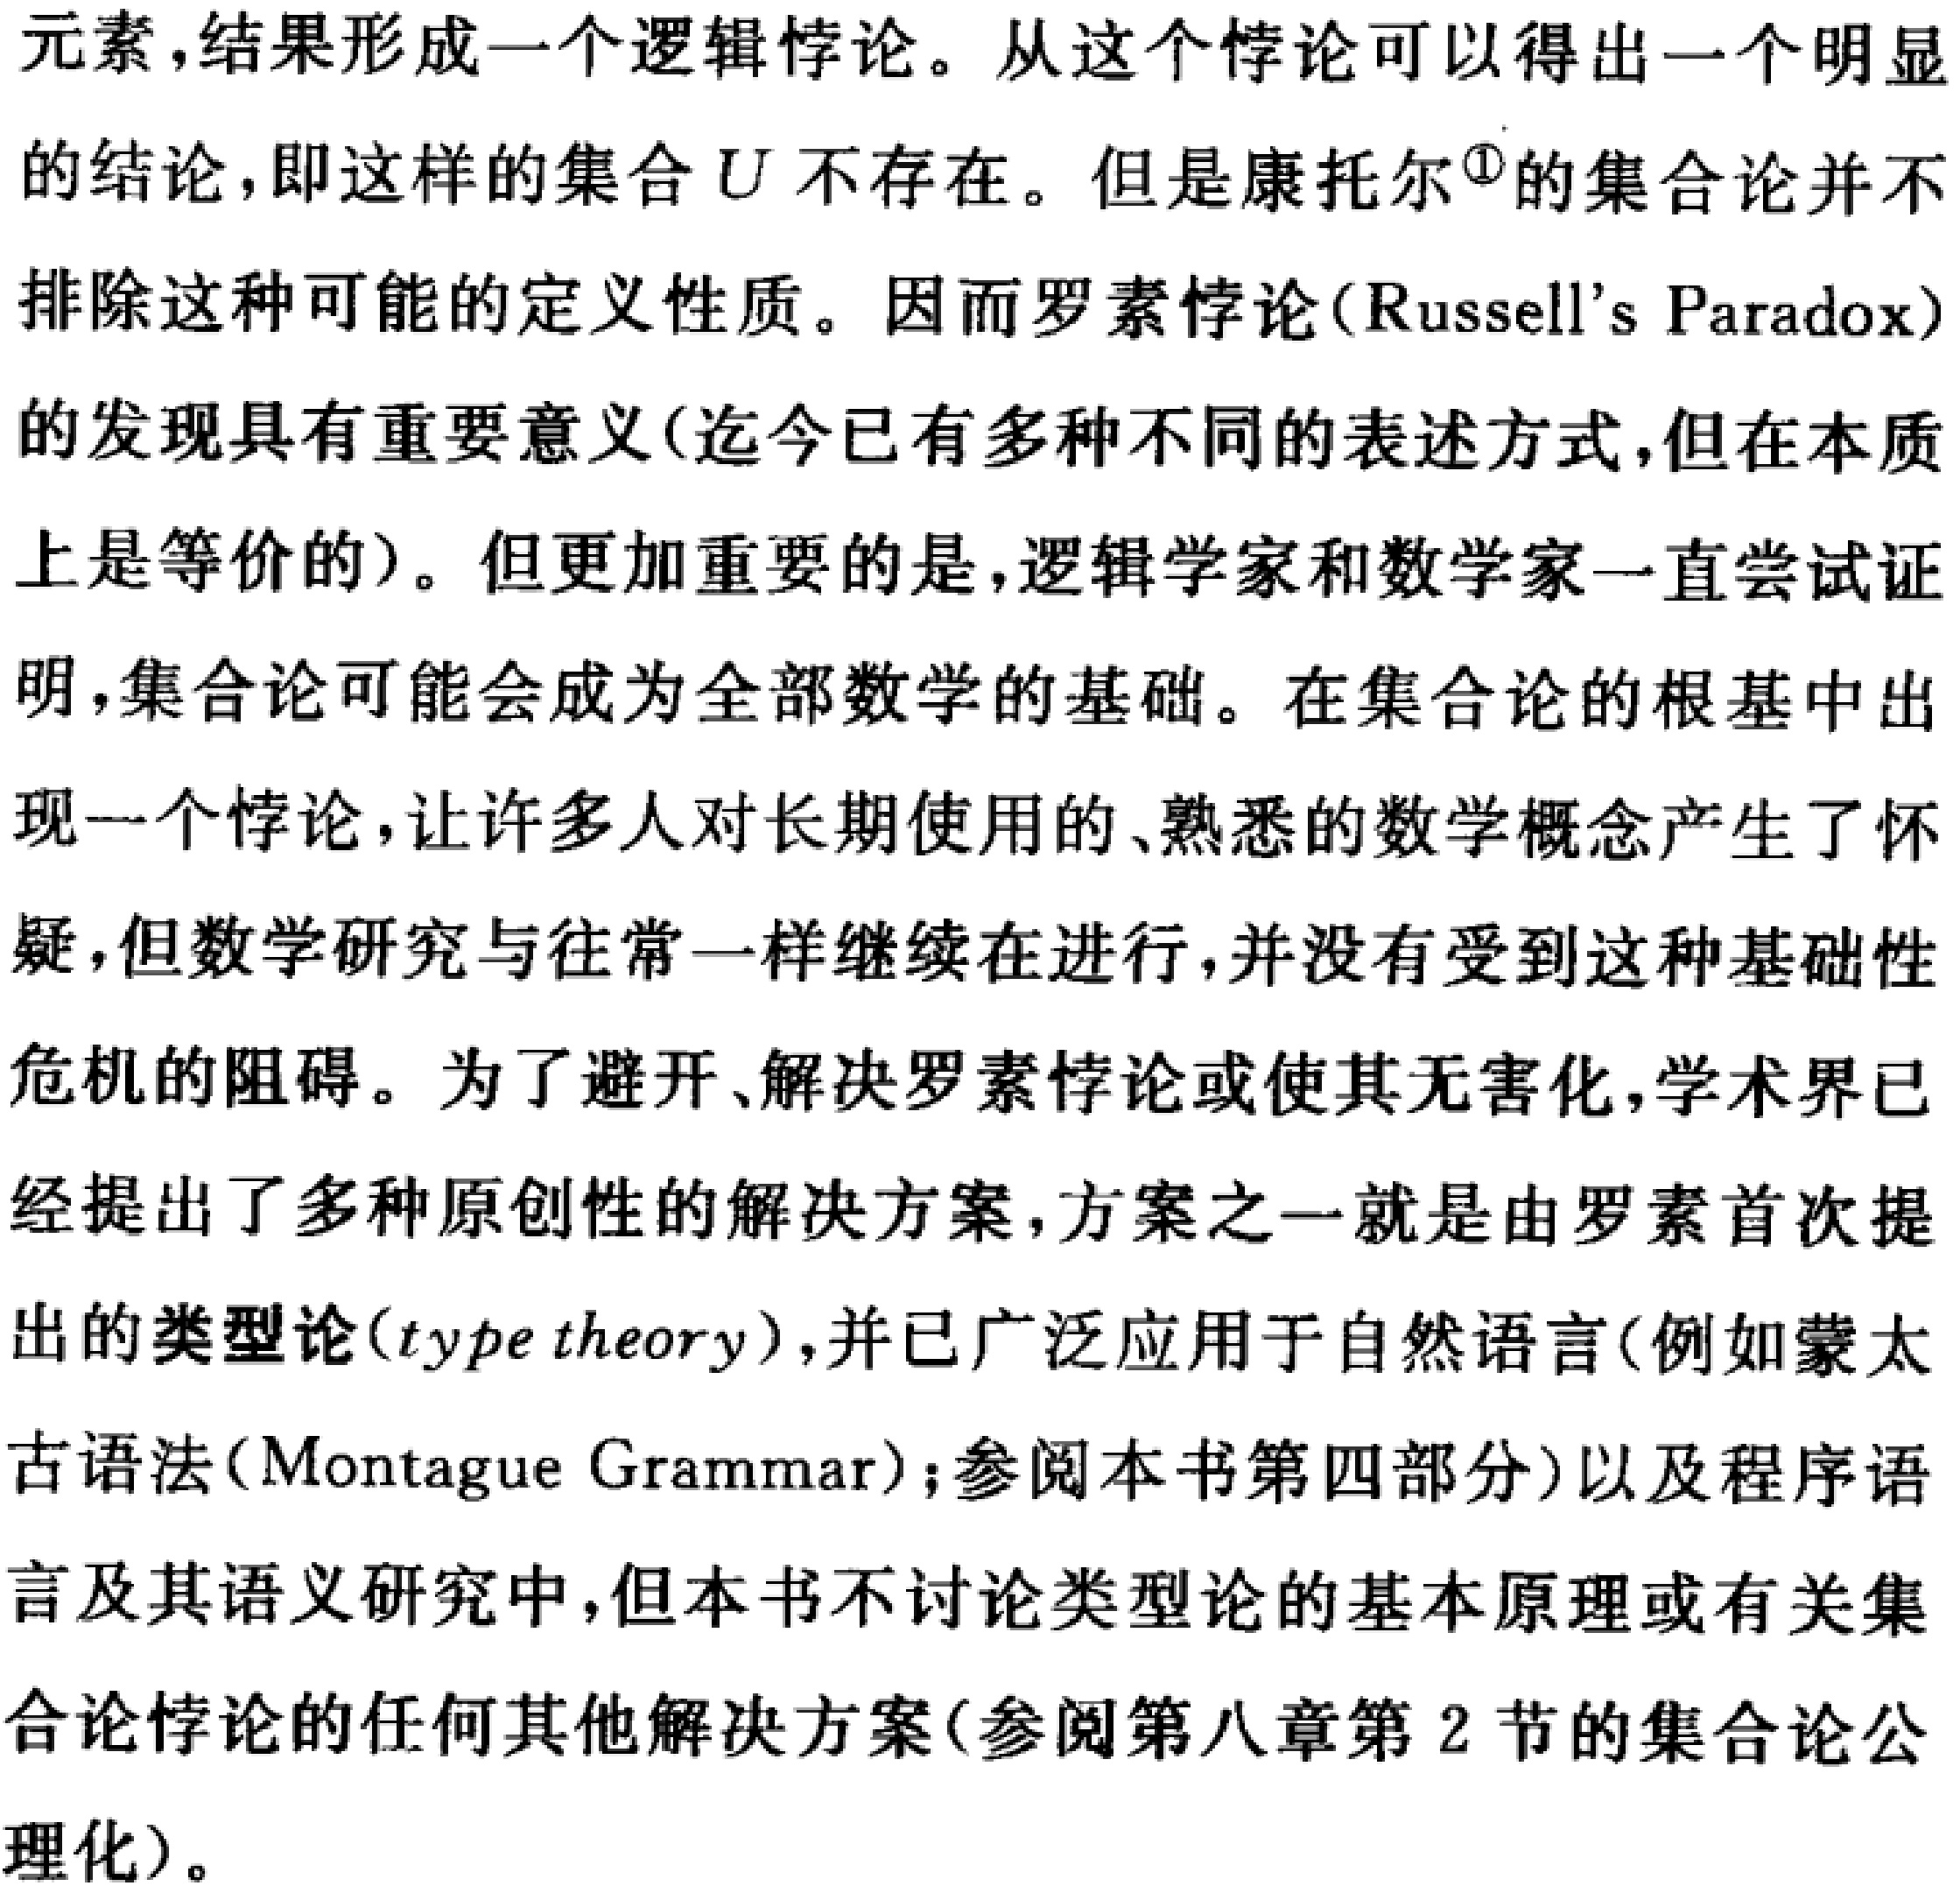
元素,结果形成一个逻辑悖论。从这个悖论可以得出一个明显

的结论,即这样的集合\(U\)不存在。但是康托尔\(^{\circled{1}}\)的集合论并不

排除这种可能的定义性质。因而罗素悖论(Russell’s Paradox)

的发现具有重要意义(迄今已有多种不同的表述方式,但在本质

上是等价的)。但更加重要的是,逻辑学家和数学家一直尝试证

明,集合论可能会成为全部数学的基础。在集合论的根基中出

现一个悖论,让许多人对长期使用的、熟悉的数学概念产生了怀

疑,但数学研究与往常一样继续在进行,并没有受到这种基础性

危机的阻碍。为了避开、解决罗素悖论或使其无害化,学术界已

经提出了多种原创性的解决方案,方案之一就是由罗素首次提

出的类型论(type theory),并已广泛应用于自然语言(例如蒙太

古语法(Montague Grammar);参阅本书第四部分)以及程序语

言及其语义研究中,但本书不讨论类型论的基本原理或有关集

合论悖论的任何其他解决方案(参阅第八章第2节的集合论公

理化)。